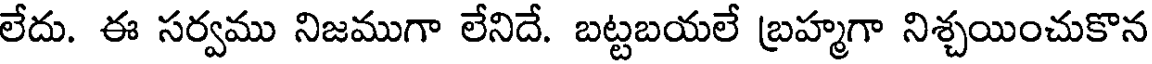
లేదు. ఈ సర్వము నిజముగా లేనిదే. బట్టబయలే బ్రహ్మగా నిశ్చయించుకొన